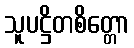
သူပဋ္ဌိတစိတ္တော